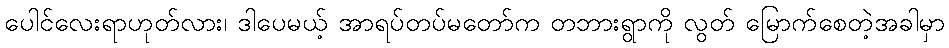
ပေါင်လေးရာဟုတ်လား၊ ဒါပေမယ့် အာရပ်တပ်မတော်က တဘားရွာကို လွတ် မြောက်စေတဲ့အခါမှာ